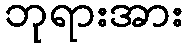
ဘုရားအား